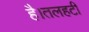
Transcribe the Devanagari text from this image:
है।तलहटी